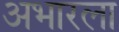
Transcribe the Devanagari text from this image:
अभारला